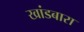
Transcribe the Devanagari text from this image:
खांडबारा